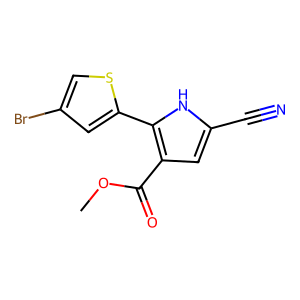
SMILES: COC(=O)c1cc(C#N)[nH]c1-c1cc(Br)cs1
Inhibits HIV replication: No